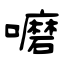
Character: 嚰